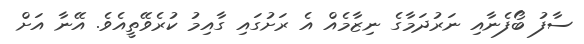
ސާފު ބޯފެނާއި ނަރުދަމާގެ ނިޒާމެއް އެ ރަށުގައި ގާއިމު ކުރެވޭތީއެވެ. އޭނާ އަށް